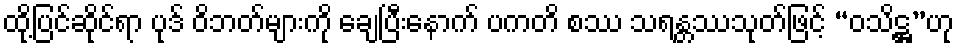
ထို့ပြင်ဆိုင်ရာ ပုဒ် ဝိဘတ်များကို ချေပြီးနောက် ပကတိ စဿ သရန္တဿသုတ်ဖြင့် “ဝသိဋ္ဌ”ဟု